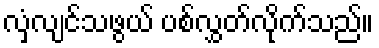
လှံလျင်သဖွယ် ပစ်လွှတ်လိုက်သည်။